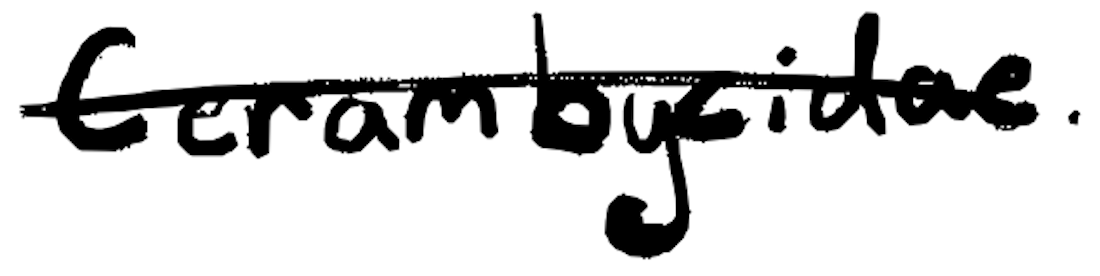
Text: Cerambycidae.
Cross-out: single-line
Writing tool: digital_black